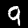
Label: 9